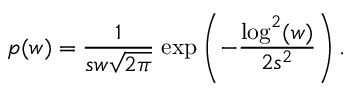
p ( w ) = \frac { 1 } { s w \sqrt { 2 \pi } } \; \mathrm { e x p } \left( - \frac { \mathrm { l o g } ^ { 2 } ( w ) } { 2 s ^ { 2 } } \right) .